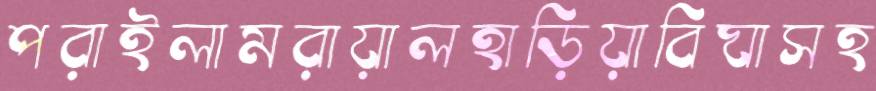
পরাইলামরায়ালহাড়িয়াবিঘাসহ